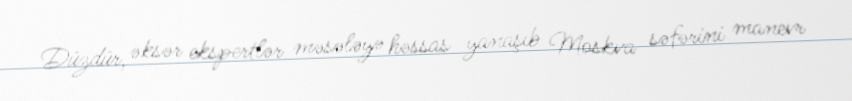
Düzdür, əksər ekspertlər məsələyə həssas yanaşıb Moskva səfərini manevr